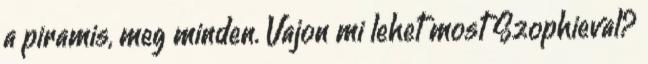
a piramis, meg minden. Vajon mi lehet most Szophieval?